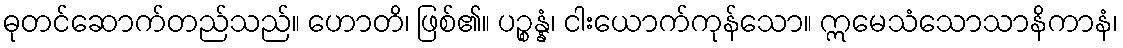
ဓုတင်ဆောက်တည်သည်။ ဟောတိ၊ ဖြစ်၏။ ပဉ္စန္နံ၊ ငါးယောက်ကုန်သော။ ဣမေသံသောသာနိကာနံ၊